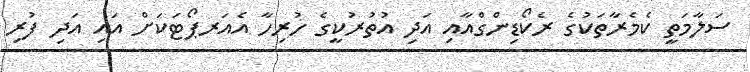
ސަލާމަތީ ކެމެރާތަކުގެ ރެކޯޑިންގްއާއި އަދި އުތުރުކީގެ ހުރިހާ އެއަރޕޯޓަކަށް އައި އަދި ފުރި